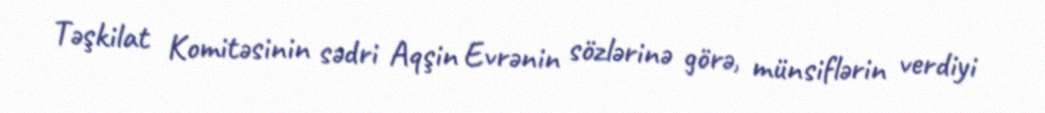
Təşkilat Komitəsinin sədri Aqşin Evrənin sözlərinə görə, münsiflərin verdiyi